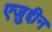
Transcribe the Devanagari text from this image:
एजुद्दीन